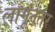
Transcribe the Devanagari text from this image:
लागूंनंतर